Vital statistics of India. Vol. IV, Annual returns from 1871 to 1876. British Army of India, Native Army and jails of Bengal
Year: 1871
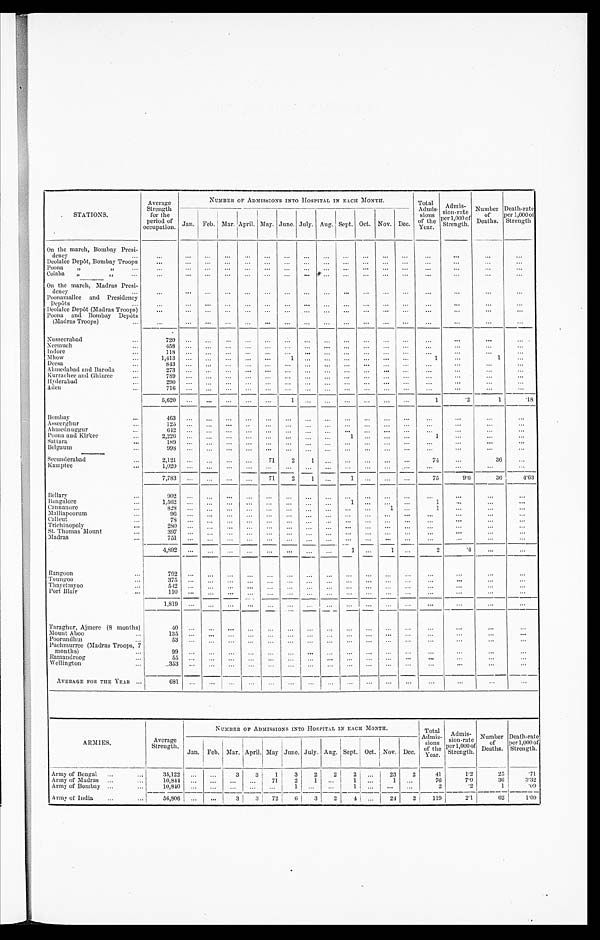
STATIONS.
Average
Strength
for the
period of
occupation.
NUMBER OF ADMISSIONS INTO HOSPITAL IN EACH MONTH.
Total
Admis-
sions
of the
Year.
Admis-
sions-rate per 1,000 of Strength
Number
of
Deaths.
Death-rate
per 1,000 of
Strength.
Jan. Feb. Mar.
A p r i l .
May. June. July. Aug Sept. Oct. Nov. Dec.
On the march, Bombay Presi-
dency
...
...
...
...
...
...
...
...
...
...
...
...
...
...
. . .
. . .
. . .
. . .
D e olalee Depôt, Bombay Troops
...
...
...
... ....
...
...
...
...
...
...
... ...
. . . ...
. . .
. . .
Poona
,,
,, ... ...
...
...
. . .
. . .
. . .
. . .
...
. . .
...
...
. . .
. . .
. . .
...
. . .
. . .
Colaba
„
, , ... ...
. . .
. . .
...
...
. . .
...
...
...
...
...
...
...
. . .
. . .
. . .
. . .
On the march, Madras Presi-
dency
...
...
...
...
...
....
...
...
...
...
...
...
...
...
. . .
. . .
. . .
. . .
Poonamallee and Presidency
Depôts
...
. . .
...
...
...
...
...
. . .
...
. . .
. . .
...
. . .
...
. . .
. . .
. . .
. . .
Deolalee Depôt (Madras Troops)
. . .
...
...
...
...
...
...
...
...
. . .
...
. . .
. . .
. . .
. . .
. . .
. . .
Poona and Bombay Depôts
(Madras Troops)
...
...
...
...
...
...
...
...
...
...
...
...
. . .
. . .
. . .
...
. . .
...
Nusseerabad
720
...
...
...
...
...
. . . ...
. . .
. . .
. . . ...
...
. . .
...
. . .
. . .
Neemuch
...
4 5 8...
...
...
...
...
. . . ...
...
...
...
. . .
. . .
. . .
. . .
. . .
Indore
...
1 1 8...
...
...
...
...
. . .
...
. . . . . .
. . .
...
...
. . . .
. . .
. . .
. . .
Mhow
...
1 , 4 1 3...
...
...
...
...
1
. . .
. . . ...
. . .
...
...
1
...
1
. . .
Deesa•••
8 4 3 ...
. . .
. . . ...
...
. . .
...
. . .
. . .
—
...
...
...
. . .
. . .
. . .
Ahmedabad and Baroda... ...
2 7 3...
...
...
...
...
...
...
...
...
...
...
...
...
. . .
. . .
...
Kurrachee and Ghizree...
7 8 9
...
...
... ...
...
. . .
...
. . .
. . .
. . .
...
. . .
. . .
...
. . .
. . .
Hyderabad
290
. . .
. . .
. . . ...
...
. . .
. . .
. . .
...
...
...
...
. . .
. . .
. . .
. . .
A den
...
7 1 6 ...
...
...
...
...
. . .
. . .
...
. . .
. . .
...
. . .
. . .
...
. . .
...
5,620
...
...
... ...
...
1
...
. . .
. . .
...
...
...
1
.2
1
.18
Bombay
...
4 6 3...
...
...
...
. . .
. . .
. . .
. . .
. . .
. . .
. . .
. . .
. . .
. . .
. . .
...
Asseerghur
1 2 5...
...
...
...
. . . . . .
. . .
. . .
. . . .
. . . .
. . .
. . .
...
. . .
. . .
...
Ahmednuggur
...
6 4 2...
....
...
...
...
. . .
...
. . .
. . .
...
. . .
. . .
. . .
. . .
. . .
. . .
Poona and Kirkee
...
2,226
...
...
. . . ...
...
. . .
...
. . .
1
. . .
. . . ...
1
. . .
. . .
. . .
Sattara
...
189
. . .
. . .
. . .
. . .
. . .
...
. . .
. . .
. . .
. . . ...
...
. . .
. . .
...
Belgaum
998
. . .
...
...
...
...
...
. . .
. . .
...
...
...
... ...
. . .
. . .
...
Secunderabad...
2 , 1 2 1...
...
...
...
71
2
1
. . .
...
. . .
. . .
-.
74
...
36
. . .
Kamptee
...
1 , 0 2 0...
...
...
...
...
. . . ...
...
. . .
. . .
...
. . .
...
...
...
. . .
7,783
...
...
... ...
71
2
1
. . .
1
. . . ...
...
75
9.6
36
4.63
Bellary
...
902
...
...
...
...
...
. . . ...
. . .
...
...
...
...
...
...
...
. . .
Bangalore
1 , 5 6 2...
....
...
....
...
. . .
. . .
...
1 . . .
. . . ...
...
1 ...
. . .
...
Cannanore...
8 2 8...
...
...
...
...
. . .
...
. . .
. . .
. . .
. 1 ...
1
. . .
. . .
. . .
Malliapoorum
...
96
. . .
...
...
....
. . .
. . . .
...
...
. . .
. . .
. . .
...
...
. . .
. . .
...
Calicut
7 8...
. . .
. . .
. . .
...
. . . .
. . .
. . .
. . .
. . .
. . . ...
...
. . .
...
...
T r i c h i n o p o l y
280
...
...
...
...
. . .
. . .
. . .
. .
. . .
...
...
...
...
...
. . .
...
St. Thomas Mount
...
397
...
...
...
...
...
. . .
...
. . .
. . .
. . . .
. . .
. . .
...
...
...
...
Madras
7 5 1..
...
...
...
...
. . .
. . .
. . .
. . .
. . .
. . .
. . ....
...
. . .
. . .
4,892
...
. . .
...
. . .
. . .
. . .
. . .
. . .
1
...
1 ...
2
4
. . .
. . .
Rangoon
..
792
...
...
...
...
...
...
. . .
. . .
. . .
. . .
. . .
...
...
. . .
...
...
Toungoo
...
375 ...
...
...
...
...
...
... ...
...
...
...
...
...
...
...
...
Thayetmyoo
542
...
. . .
. . .
...
. . .
. . .
. . .
. . .
. . .
...
. . . ...
. . .
...
...
...
Port Blair
...
110
...
. . .
. . . ...
...
. . .
. . .
. . .
. . . ...
...
...
...
. . .
. . .
...
1,819
...
...
. . .
... ...
. . .
... ...
...
. . .
. . . ...
...
. . .
...
. . .
Taraghur, Ajmere (8 months)
4 0
...
...
...
...
...
...
... ...
...
...
...
...
...
...
...
...
Mount Aboo
...
135
. . .
. . .
...
...
. . .
. . .
. . .
. . .
. . .
. . .
...
...
... ...
. . .
. . .
Poorundhur...
53 ...
. . .
. . .
...
...
...
...
...
...
...
...
...
...
. . .
. . .
...
Puchmurree (Madras Troops, 7
months)
...
99
. . .
. . .
. . .
...
. . .
. . .
...
...
...
. . .
...
...
...
. . .
...
...
Ramandroog ...
55
. . .
...
. . . ...
...
...
...
. . .
...
. . .
...
. . .
. . .
...
. . .
. . .
Wellington
...
.353
...
. . .
...
....
...
. . .
. . .
...
... ...
...
...
...
. . .
. . .
...
AVERAGE FOR THE YEAR ...
6 8 1...
...
...
...
...
...
.... ...
...
...
...
...
...
...
...
...
A R M I E S .
Average
Strength.
NUMBER OF ADMISSIONS INTO HOSPITAL IN EACH MONTH.
T o t a l
Admis-
s i o n s
of the
.
Y e a r
Admis-
sion-rate
per 1,000 of
Strength.
N u m b e r o f D e a t h s .
Death-rate
per 1,000 of
Strength.
Jan. Feb. Mar. April. May June. July. Aug. Sept. Oct. Nov. Dec.
Army of Bengal
...
35,122
. . .
...
3
3
1
3
2
2
2
. . .
23
2
41
1.2
25
.71
Army of Madras
...
...
10,844
...
. . .
. . .
. . .
71
2 1
. . .
1
. . .
1
. . .
76
7.0
36
3.32
Army of Bombay ...
...
10,840
...
...
. . .
. . .
. . .
1 ...
. . .
1
. . .
. . ....
2
'2
1
. 0 9
Army of India
...
...
56,806
. . .
. .
3
3
7 2
6 3
2
4
...
242
119
21.
62
1'09